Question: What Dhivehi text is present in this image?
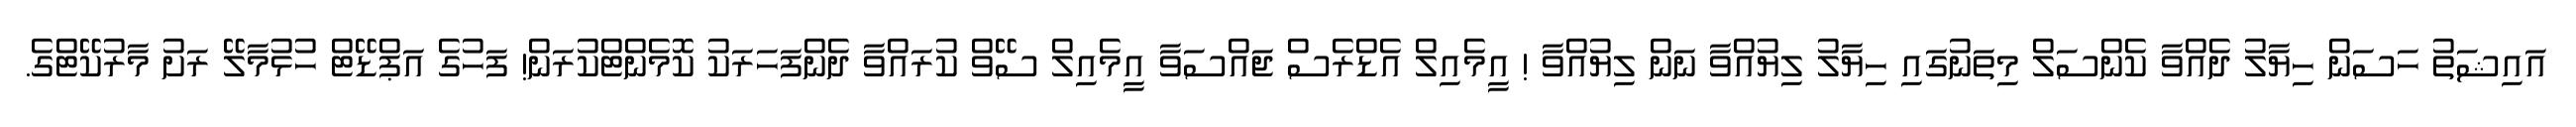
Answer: އައިޝަތު ހަސަން ހިޔާލު ދެއްވާ ކެންސަލް މިތަނުގައި ހިޔާލު ލިޔުއްވާ ނަން ލިޔުއްވާ ! އީމެއިލް އެޑްރެސް ޖައްސަވާ އީމެއިލް ސޭވް ކުރައްވާ ދެންފަހަރަކު ކޮމެންޓްކުރަން! ފަހުގެ އަޕްޑޭޓް ހުޅުމާލޭ ރަށު މާރުކޭޓްގެ.